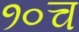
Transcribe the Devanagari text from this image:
१०च